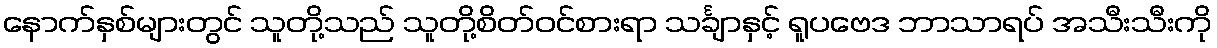
နောက်နှစ်များတွင် သူတို့သည် သူတို့စိတ်ဝင်စားရာ သင်္ချာနှင့် ရူပဗေဒ ဘာသာရပ် အသီးသီးကို